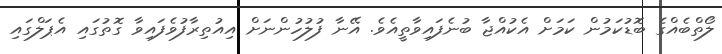
ލޯތްބެއްގެ ބޮޑުކަމުން ކަަމަށް އެކުއްޖާ ބުނެފައިވާތީއެވެ. އޭނާ ފުލުހުންނަށް އިއުތިރާފުވެފައިވާ ގޮތުގައި އެޕަލްގައި